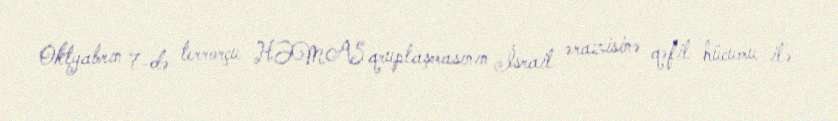
Oktyabrın 7-də terrorçu HƏMAS qruplaşmasının İsrail ərazisinə qəfil hücumu ilə